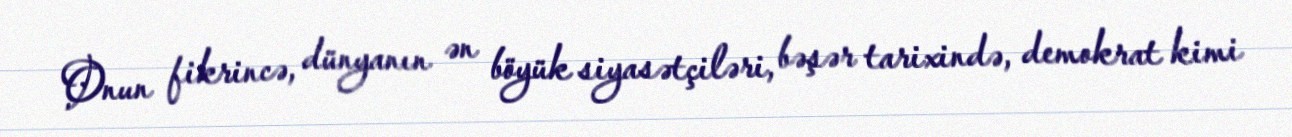
Onun fikrincə, dünyanın ən böyük siyasətçiləri, bəşər tarixində, demokrat kimi